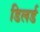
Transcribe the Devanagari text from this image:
डिलर्ड